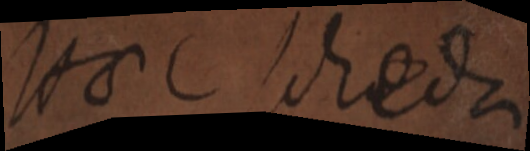
Hoc scheda